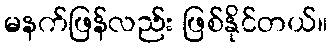
မနက်ဖြန်လည်း ဖြစ်နိုင်တယ်။